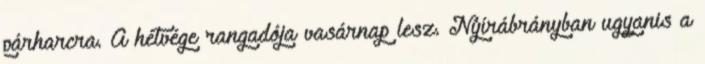
párharcra. A hétvége rangadója vasárnap lesz. Nyírábrányban ugyanis a